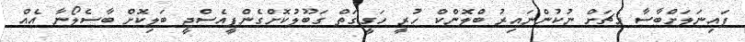
ފައިނަލަށްބާސާ މެޗަށް ނުކުންނައިރު ބްލޮންކް ހުރީ ހަގީގަތް ގަބޫލުކޮށްގެންޕީއެސްޖީ ބަލިކޮށް ބާސެލޯނާ އެއް